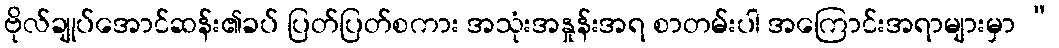
ဗိုလ်ချုပ်အောင်ဆန်း၏ခပ် ပြတ်ပြတ်စကား အသုံးအနှုန်းအရ စာတမ်းပါ အကြောင်းအရာများမှာ “